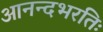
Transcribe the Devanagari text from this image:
आनन्दभरतिः